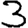
Digit: 3